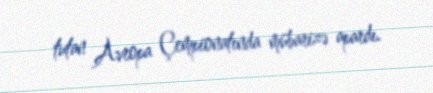
tutan Avropa Çempionatında mübarizə apardı.